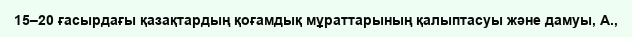
15–20 ғасырдағы қазақтардың қоғамдық мұраттарының қалыптасуы және дамуы, А.,